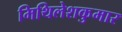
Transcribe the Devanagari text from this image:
मिथिलेशकुमार